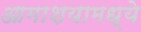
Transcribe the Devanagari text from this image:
आमाशयामध्ये